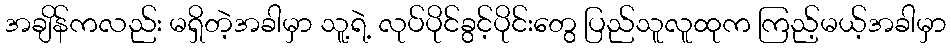
အချိန်ကလည်း မရှိတဲ့အခါမှာ သူ့ရဲ့ လုပ်ပိုင်ခွင့်ပိုင်းတွေ ပြည်သူလူထုက ကြည့်မယ့်အခါမှာ